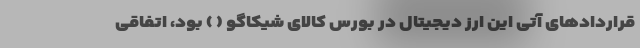
قراردادهای آتی این ارز دیجیتال در بورس کالای شیکاگو ( ) بود، اتفاقی